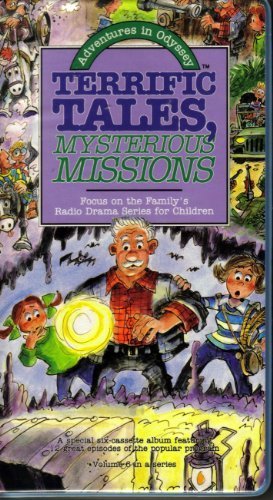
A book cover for Terrific Tales, Mysterious Missions (Adventures in Odyssey, Volume 6); Focus on the Family; Humor & Entertainment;